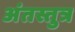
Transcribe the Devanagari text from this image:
अंतस्तुत्र